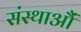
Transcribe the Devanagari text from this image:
संस्थाऔं